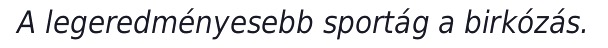
A legeredményesebb sportág a birkózás.